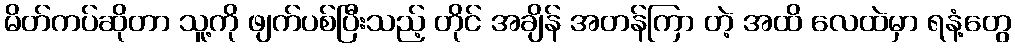
မိတ်ကပ်ဆိုတာ သူ့ကို ဖျက်ပစ်ပြီးသည့် တိုင် အချိန် အတန်ကြာ တဲ့ အထိ လေထဲမှာ ရနံ့တွေ